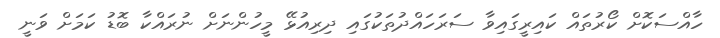
ހާއްސަކޮށް ކޯރުތައް ކައިރީގައިވާ ސަރަހައްދުތަކުގައި ދިރިއުޅޭ މީހުންނަށް ނުރައްކާ ބޮޑު ކަމަށް ވަނީ